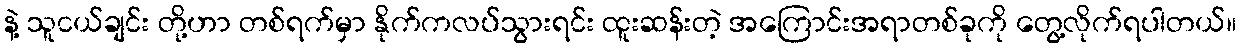
နဲ့ သူငယ်ချင်း တို့ဟာ တစ်ရက်မှာ နိုက်ကလပ်သွားရင်း ထူးဆန်းတဲ့ အကြောင်းအရာတစ်ခုကို တွေ့လိုက်ရပါတယ်။